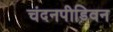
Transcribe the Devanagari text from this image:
चंदनपीड़िवन